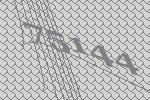
75144